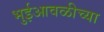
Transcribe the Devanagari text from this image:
भुईआवळीच्या